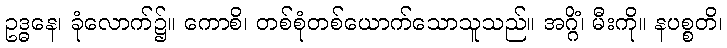
ဥဒ္ဓနေ၊ ခုံလောက်၌။ ကောစိ၊ တစ်စုံတစ်ယောက်သောသူသည်။ အဂ္ဂိံ၊ မီးကို။ နပစ္စတိ၊